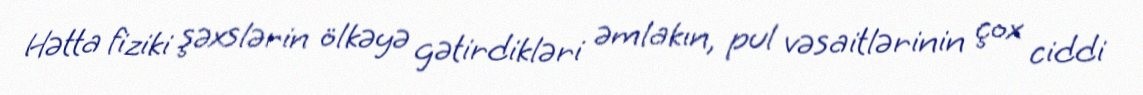
Hətta fiziki şəxslərin ölkəyə gətirdikləri əmlakın, pul vəsaitlərinin çox ciddi